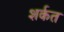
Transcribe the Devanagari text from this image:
शर्कत